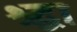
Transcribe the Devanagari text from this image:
श्र्द्धा